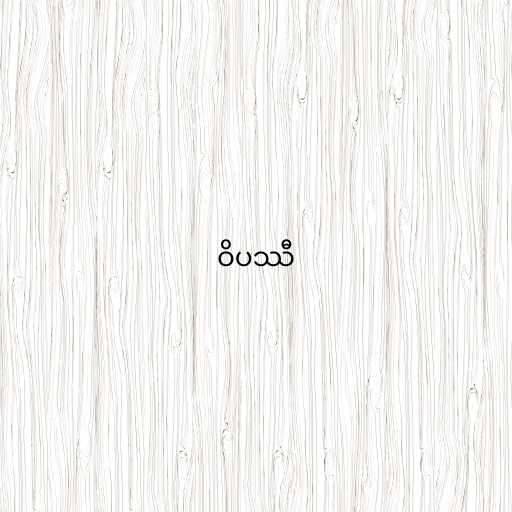
ဝိပဿီ